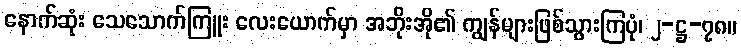
နောက်ဆုံး သေသောက်ကြူး လေးယောက်မှာ အဘိုးအို၏ ကျွန်များဖြစ်သွားကြပုံ၊ ၂-ဋ္ဌ-၇၈။